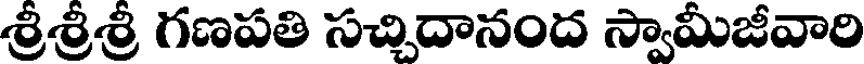
శ్రీశ్రీశ్రీ గణపతి సచ్చిదానంద స్వామీజీవారి